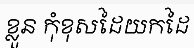
ខ្លួន កុំខុសដៃយកដៃ